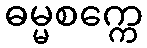
ဓမ္မစက္ကေ